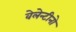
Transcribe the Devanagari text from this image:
वेलेन्टीनो